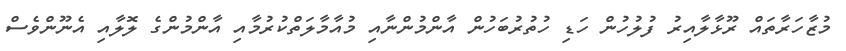
މުޒާހަރާތައް ރޫޅާލާއިރު ފުލުހުން ހަޑި ހުތުރުބަހުން އާންމުންނާއި މުއާމާލަތްކުރުމާއި އާންމުންގެ ލޮލާއި އެނޫންވެސް